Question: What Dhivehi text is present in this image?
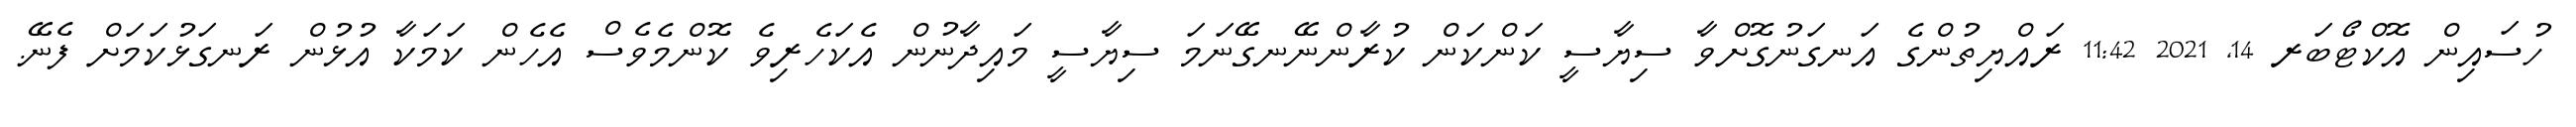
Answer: ހުސައިން އޮކްޓޯބަރ 14, 2021 11:42 ރައްޔިތުންގެ އަނގަނުގޮށްވާ ސިޔާސީ ކަންކަން ކުރާންނޭނގޭނަމަ ސިޔާސީ މައިދާނުން އެކަހެރިވެ ކޮންމެވެސް އެހެން ކަމަކާ އުޅުން ރަނގަޅުކަމަށް ފެނޭ.